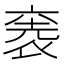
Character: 𮖋